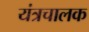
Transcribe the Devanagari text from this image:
यंत्रचालक